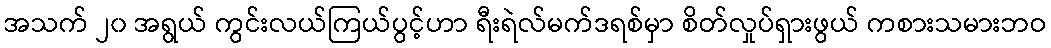
အသက် ၂၀ အရွယ် ကွင်းလယ်ကြယ်ပွင့်ဟာ ရီးရဲလ်မက်ဒရစ်မှာ စိတ်လှုပ်ရှားဖွယ် ကစားသမားဘဝ